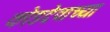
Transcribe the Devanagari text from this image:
कोडदेवांच्या